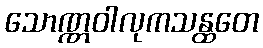
သောဏ္ဏဝါလုကသန္ထတေ